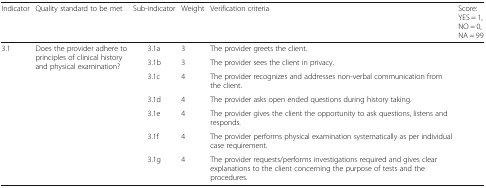
<table><thead><tr><td><b>Indicator</b></td><td><b>Quality standard to be met</b></td><td><b>Sub-indicator</b></td><td><b>Weight</b></td><td><b>Verification criteria</b></td><td><b>Score: YES = 1, NO = 0,NA = 99</b></td></tr></thead><tbody><tr><td rowspan="7">3.1</td><td rowspan="7">Does the provider adhere to principles of clinical history and physical examination?</td><td>3.1a</td><td>3</td><td>The provider greets the client.</td><td></td></tr><tr><td>3.1b</td><td>3</td><td>The provider sees the client in privacy.</td><td></td></tr><tr><td>3.1c</td><td>4</td><td>The provider recognizes and addresses non-verbal communication from the client.</td><td></td></tr><tr><td>3.1d</td><td>4</td><td>The provider asks open ended questions during history taking.</td><td></td></tr><tr><td>3.1e</td><td>4</td><td>The provider gives the client the opportunity to ask questions, listens and responds.</td><td></td></tr><tr><td>3.1f</td><td>4</td><td>The provider performs physical examination systematically as per individual case requirement.</td><td></td></tr><tr><td>3.1g</td><td>4</td><td>The provider requests/performs investigations required and gives clear explanations to the client concerning the purpose of tests and the procedures.</td><td></td></tr></tbody></table>